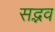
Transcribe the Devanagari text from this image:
सद्भव